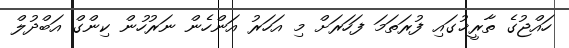
ހައްޖުގެ ތާރީޚުގައި ފުރަތަމަ ފަހަރަށް މި އަހަރު އަންހެން ނަރުހުން ކިންގް އަބްދުލް